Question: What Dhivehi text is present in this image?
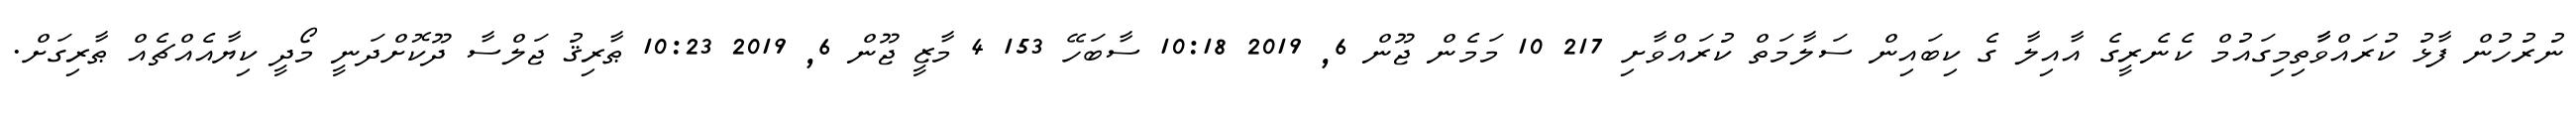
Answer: ނުރުހުން ފާޅު ކުރައްވާާތިމިގައުމް ކެނެރީގެ އާއިލާ ގެ ކިބައިން ސަލާމަތް ކުރައްވާށި 217 10 މަމެން ޖޫން 6, 2019 10:18 ސާބަހޭ 153 4 މާޒީ ޖޫން 6, 2019 10:23 ޠާރިޤު ޖަލްސާ ދޫކޮށްދަނީ މޯދީ ކިޔާއެއްޗެއް ޠާރިގަށް.